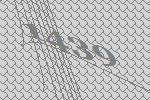
1439